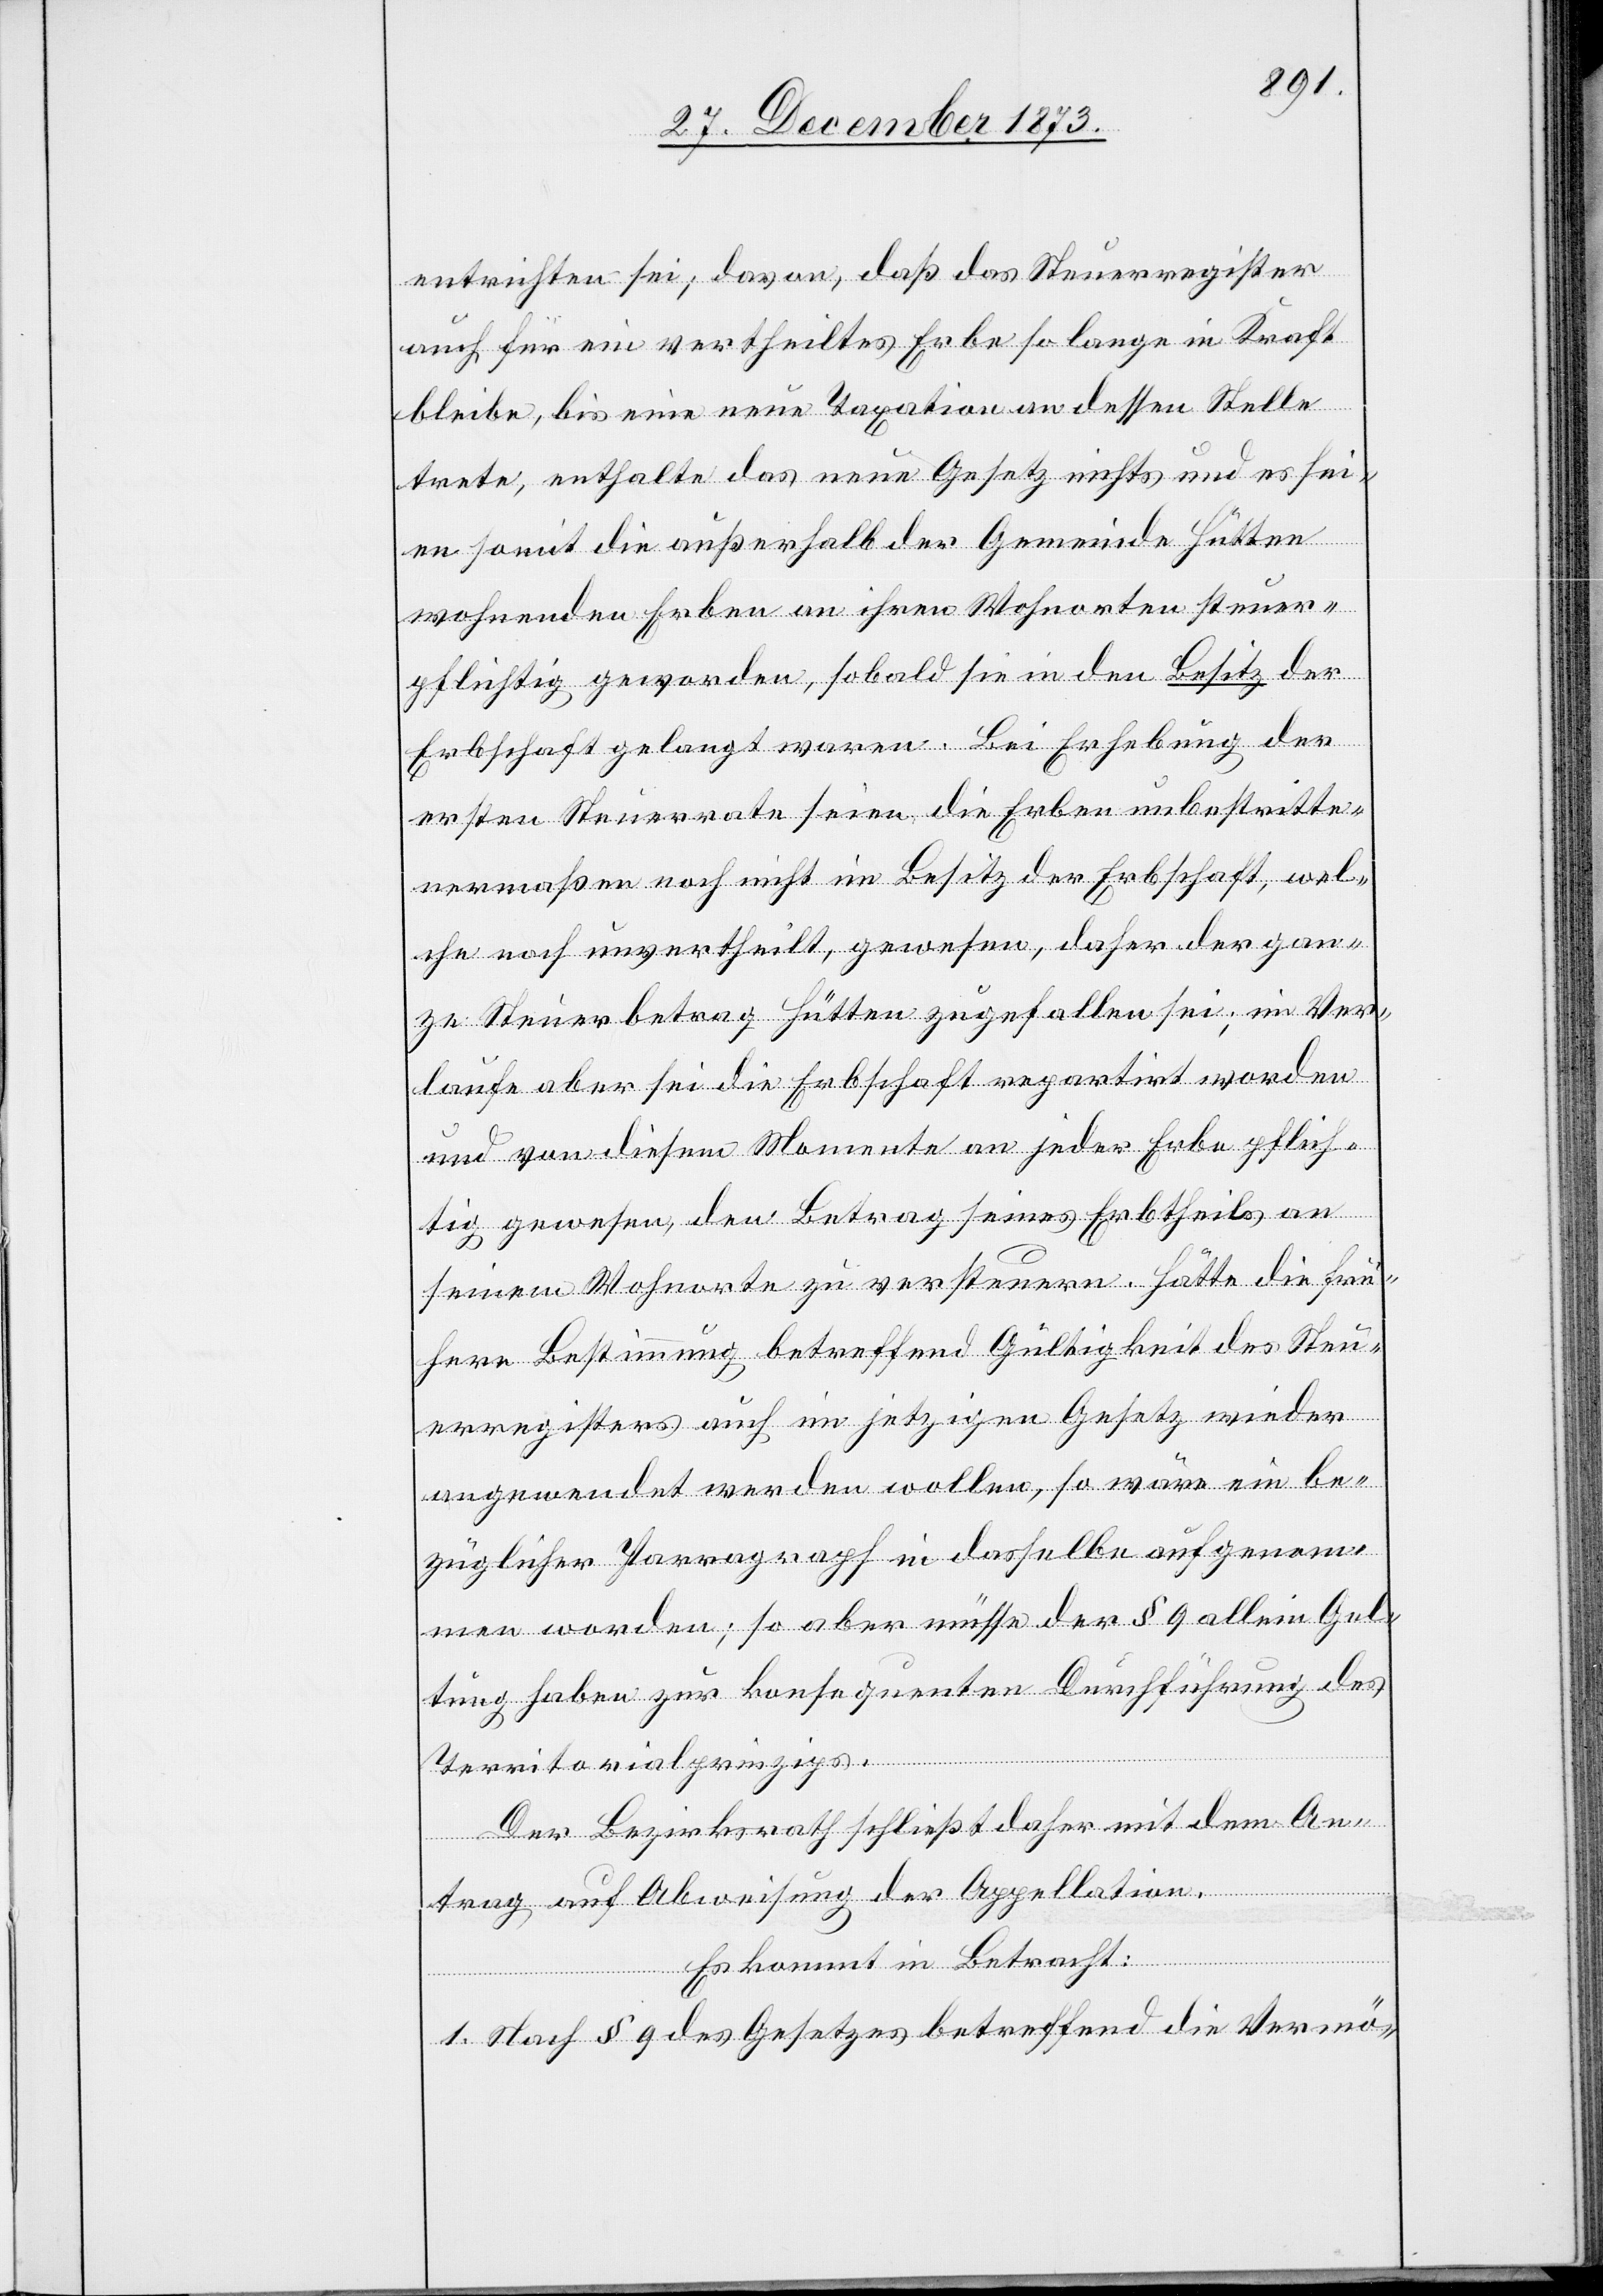
entrichten sei; davon, daß das Steuerregister
auch für ein vertheiltes Erbe so lange in Kraft
bleibe, bis eine neue Taxation an dessen Stelle
trete, enthalte das neue Gesetz nichts und es sei¬
en somit die außerhalb der Gemeinde Hütten
wohnenden Erben an ihren Wohnorten steuer¬
pflichtig geworden, sobald sie in den Besitz der
Erbschaft gelangt waren. Bei Erhebung der
ersten Steuerrate seien die Erben unbestritte¬
nermaßen noch nicht im Besitz der Erbschaft, wel¬
che noch unvertheilt, gewesen, daher der gan¬
ze Steuerbetrag Hütten zugefallen sei; im Ver¬
laufe aber sei die Erbschaft repartirt worden
und von diesem Momente an jeder Erbe pflich¬
tig gewesen, den Betrag seines Erbtheils an
seinem Wohnorte zu versteuern. Hätte die frü¬
here Bestimmung betreffend Gültigkeit des Steu¬
erregisters auch im jetzigen Gesetz wieder
angewendet werden wollen, so wäre ein be¬
züglicher Parragraph in dasselbe aufgenom¬
men worden; so aber müsse der § 9 allein Gel¬
tung haben zur konsequenten Durchführung des
Territorialprinzips.
Der Bezirksrath schließt daher mit dem An¬
trag auf Abweisung der Appellation.
Es kommt in Betracht:
1. Nach § 9 des Gesetzes betreffend die Vermö-